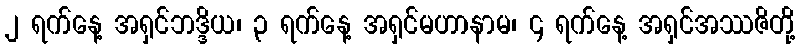
၂ ရက်နေ့ အရှင်ဘဒ္ဒိယ၊ ၃ ရက်နေ့ အရှင်မဟာနာမ၊ ၄ ရက်နေ့ အရှင်အဿဇိတို့